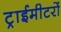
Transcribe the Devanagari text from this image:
ट्राईमीटरों